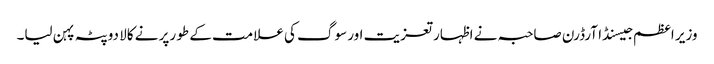
وزیر اعظم جیسنڈا آرڈرن صاحبہ نے اظہار تعزیت اور سوگ کی علامت کے طو رپر نے کالا دوپٹہ پہن لیا۔